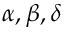
\alpha , \beta , \delta